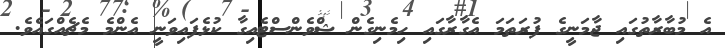
އެ މުބާރާތުގައި ޖާމަނީގެ ފުރަތަމަ އެގާރާގައި ހިމެނިގެން ޝްވެންސްޓެއިގާ ކުޅެފައިވަނީ އެންމެ މެޗެއްގައެވެ.